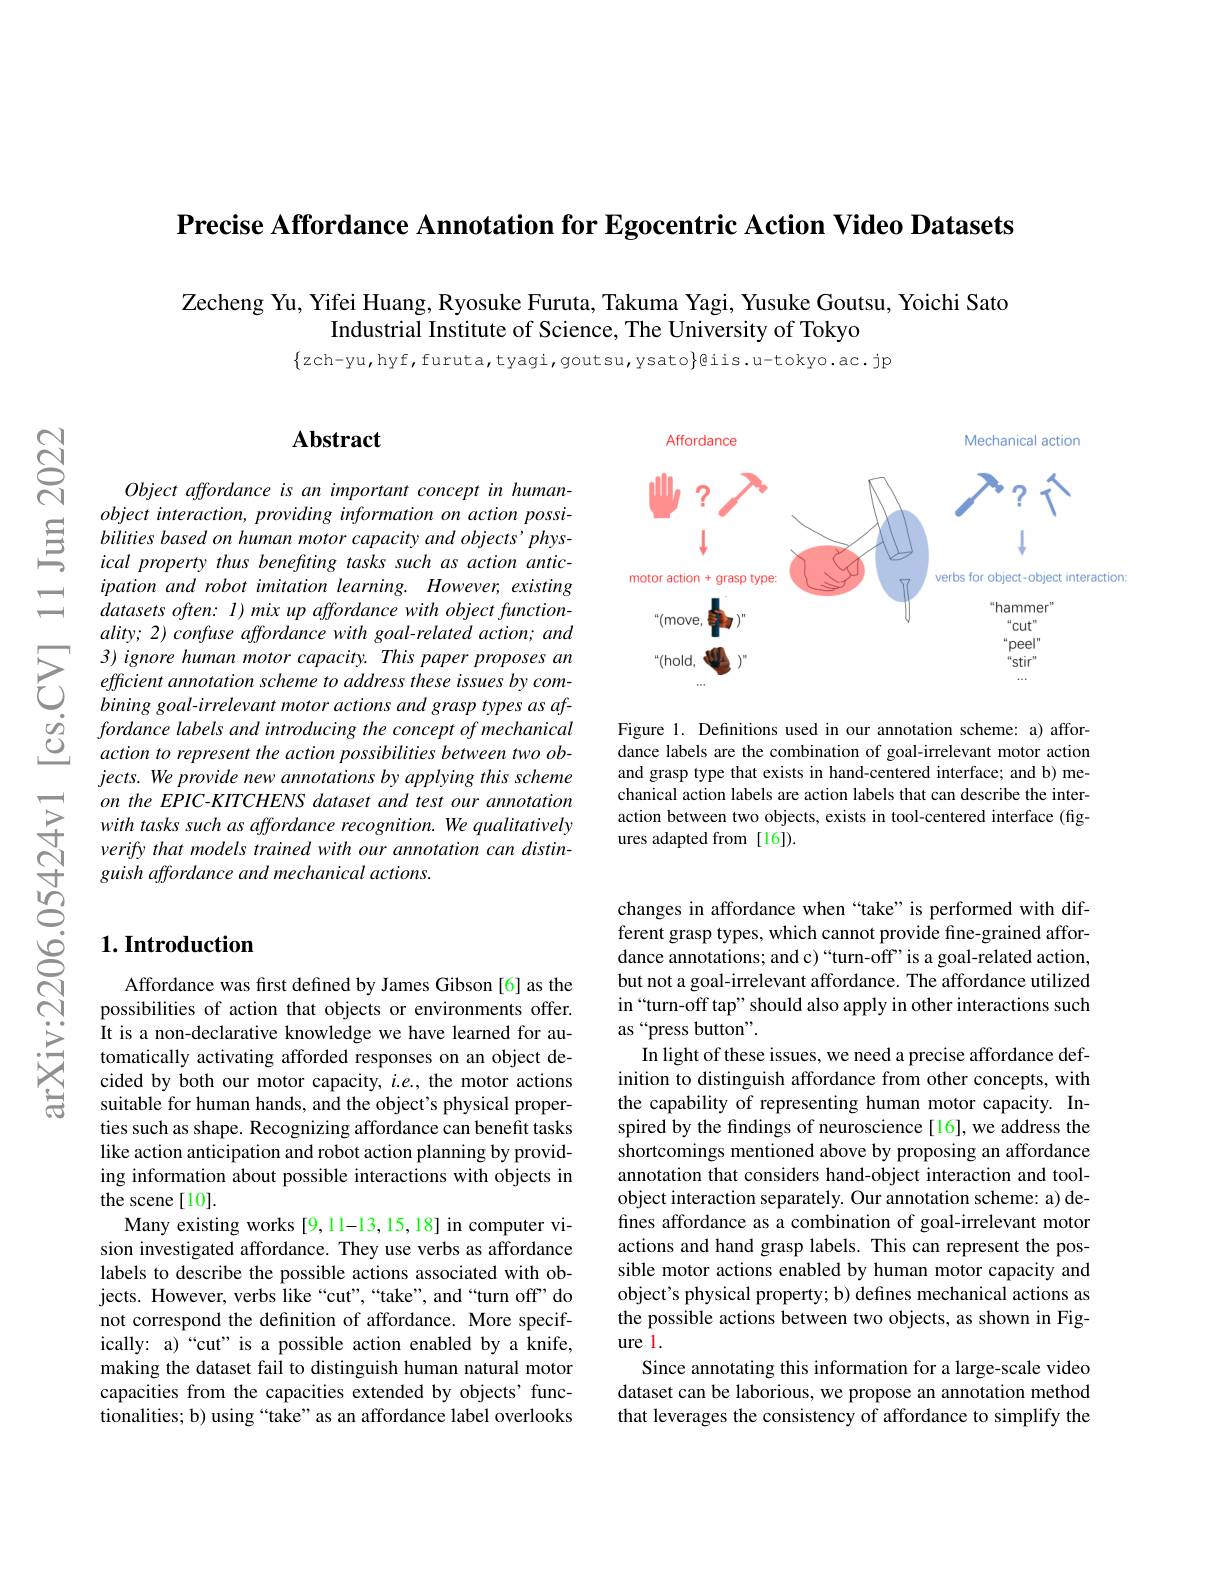
Precise Affordance Annotation for Egocentric Action Video Datasets

Zecheng Yu, Yifei Huang, Ryosuke Furuta, Takuma Yagi, Yusuke Goutsu, Yoichi Sato
Industrial Institute of Science, The University of Tokyo

$\{$zch-yu,hyf,furuta,tyagi,goutsu,ysato}@iis.u-tokyo.ac.jp

$ପ୍ରିଁ$

## $\mathbf{Abstract}$

Object affordance is an important concept in humanobject interaction, providing information on action possi-
$\underline {\Xi }$ bilities based $on$ human motor capacity and $objects^{\prime }phys- ical$ property thus benefting tasks such $as$ action $antic-$
ical property thus benefiting tasks such as action anticipation and robot imitation learning. However, existing $datasetsoften:I)mixupaffordancewithobjectfunction-$ ality; 2) confuse affordance with goal-related action; and 3) ignore human motor capacity. This paper proposes an efficient annotation scheme to address these issues by combining goal-irrelevant motor actions and grasp types as affordance labels and introducing the concept of mechanical action to represent the action possibilities between two ob- $jects.Weprovidenewannotationsbyapplyingthisscheme$ on the EPIC-KITCHENS dataset and test our annotation with tasks such as affordance recognition. We qualitatively verify that models trained with our annotation can distinguish affordance and mechanical actions.

### $1. \textbf{Introduction}$

Affordance was first defined by James Gibson [6] as the possibilities of action that objects or environments offer. It is a non-declarative knowledge we have learned for automatically activating afforded responses on an object decided by both our motor capacity, $i.e.$, the motor actions suitable for human hands, and the object's physical properties such as shape. Recognizing affordance can benefit tasks like action anticipation and robot action planning by providing information about possible interactions with objects in the scene [10].
Many existing works [9,11-13,15,18] in computer vision investigated affordance. They use verbs as affordance labels to describe the possible actions associated with objects. However, verbs like“cut”,“take”, and“turn off’do not correspond the definition of affordance. More specifically: a)“cut” is a possible action enabled by a knife, making the dataset fail to distinguish human natural motor capacities from the capacities extended by objects'functionalities; b) using “take” as an affordance label overlooks

<FigureHere>

Figure 1. Definitions used in our annotation scheme: a) affordance labels are the combination of goal-irrelevant motor action and grasp type that exists in hand-centered interface; and b) mechanical action labels are action labels that can describe the interaction between two objects, exists in tool-centered interface (figures adapted from [16]).

changes in affordance when“take” is performed with different grasp types, which cannot provide fine-grained affordance annotations; and c)“turn-off”is a goal-related action, but not a goal-irrelevant affordance. The affordance utilized in“turn-off tap”should also apply in other interactions such as “press button”.
In light of these issues, we need a precise affordance definition to distinguish affordance from other concepts, with the capability of representing human motor capacity. Inspired by the findings of neuroscience[16], we address the shortcomings mentioned above by proposing an affordance annotation that considers hand-object interaction and toolobject interaction separately. Our annotation scheme: a) defines affordance as a combination of goal-irrelevant motor actions and hand grasp labels. This can represent the possible motor actions enabled by human motor capacity and object's physical property; b) defines mechanical actions as the possible actions between two objects, as shown in Figure l.
Since annotating this information for a large-scale video dataset can be laborious, we propose an annotation method that leverages the consistency of affordance to simplify the